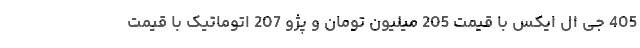
405 جی ال ایکس با قیمت 205 میلیون تومان و پژو 207 اتوماتیک با قیمت